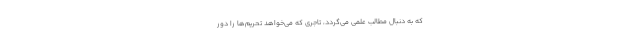
که به دنبال مطالب علمی می‌گردد، تاجری که می‌خواهد تحریم‌ها را دور